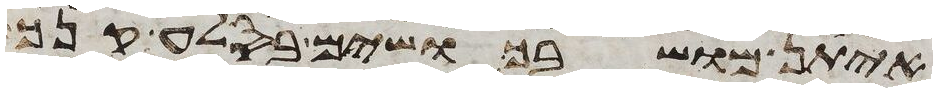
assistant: איתן מושבך ושים בסלע קנך